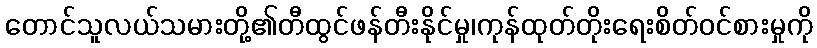
တောင်သူလယ်သမားတို့၏တီထွင်ဖန်တီးနိုင်မှု၊ကုန်ထုတ်တိုးရေးစိတ်ဝင်စားမှုကို